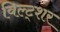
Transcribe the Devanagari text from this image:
विल्ट्शर